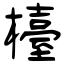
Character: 檯